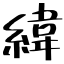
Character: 緯